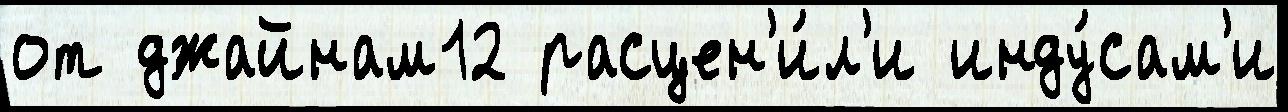
от джайнам12 расцен'и́л'и инду́сам'и